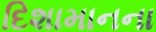
દિશામાનના